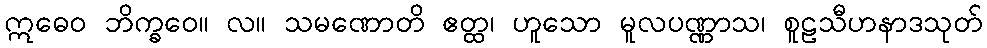
ဣဓေဝ ဘိက္ခဝေ။ လ။ သမဏောတိ ဧတ္ထ၊ ဟူသော မူလပဏ္ဏာသ၊ စူဠသီဟနာဒသုတ်